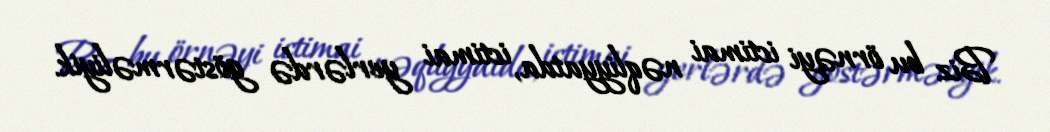
Biz bu örnəyi ictimai nəqliyyatda, ictimai yerlərdə göstərməliyik.